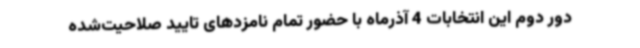
دور دوم این انتخابات 4 آذرماه با حضور تمام نامزدهای تایید صلاحیت‌شده